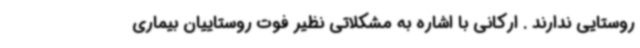
روستایی ندارند . ارکانی با اشاره به مشکلاتی نظیر فوت روستاییان بیماری